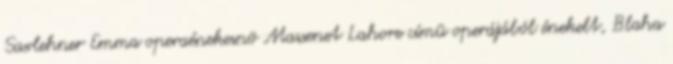
Saxlehner Emma operaénekesnõ Massenet Lahore címû operájából énekelt, Blaha